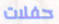
حفلات